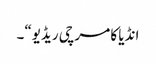
انڈیا کا مرچی ریڈیو“۔